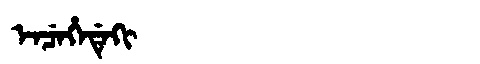
Manchu: ᡝᠨᠴᡝᡥᡝᡩᡝᡴᡳ
Romanization: ENCEHEDEKI